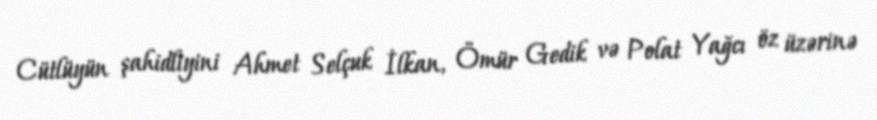
Cütlüyün şahidliyini Ahmet Selçuk İlkan, Ömür Gedik və Polat Yağcı öz üzərinə